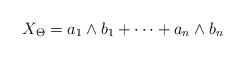
LaTeX: \begin{gather*}X_{\Theta} = a_1 \wedge b_1 + \cdots + a_n \wedge b_n\end{gather*}